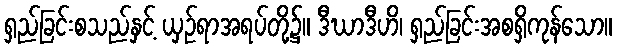
ရှည်ခြင်းစသည်နှင့် ယှဉ်ရာအရပ်တို့၌။ ဒီဃာဒီဟိ၊ ရှည်ခြင်းအစရှိကုန်သော။